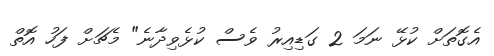
އެގޮތަށް ކުޅޭ ނަމަ 2 ގަޑިއިރު ވެސް ކުޅެވިދާނެ" މެޗަށް ފަހު އޮތް